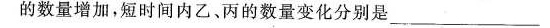
的数量增加，短时间内乙、丙的数量变化分别是___。